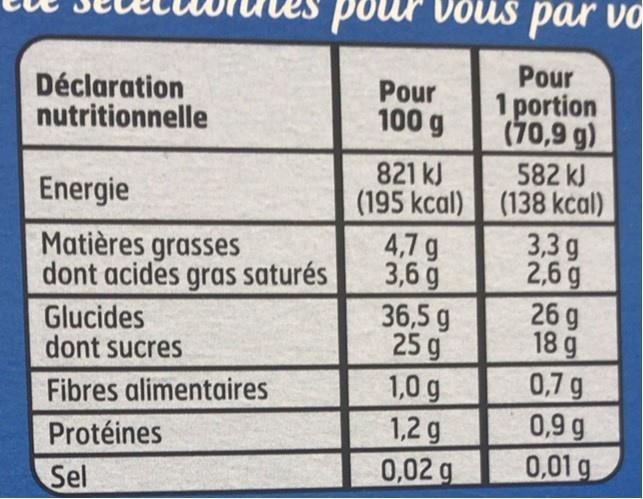
pour vous par vo
Déclaration nutritionnelle
Pour 100 g
Pour 1 portion (70,9 g)
582 kJ (195 kcal) (138 kcal) 3,3 g 2,6 g 26 g 18 g 0,7 g 0,9 g 0,01 g
821 kJ
Energie
4,7 g 3,6 g 36,5 g 25 g
Matières grasses dont acides gras saturés
Glucides dont sucres
1,0 g 1,2 g 0,02 g
Fibres alimentaires
Protéines
Sel